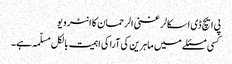
پی ایچ ڈی اسکالر غنی الرحمان کا انٹرویو
کسی مسئلے میں ماہرین کی آرا کی اہمیت بالکل مسلّمہ ہے۔